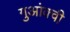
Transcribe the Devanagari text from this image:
गुआंक्वी